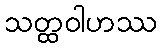
သတ္ထဝါဟဿ